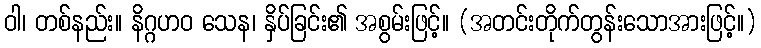
ဝါ၊ တစ်နည်း။ နိဂ္ဂဟဝ သေန၊ နှိပ်ခြင်း၏ အစွမ်းဖြင့်။ (အတင်းတိုက်တွန်းသောအားဖြင့်။)